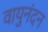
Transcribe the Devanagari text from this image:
वायुनंदन